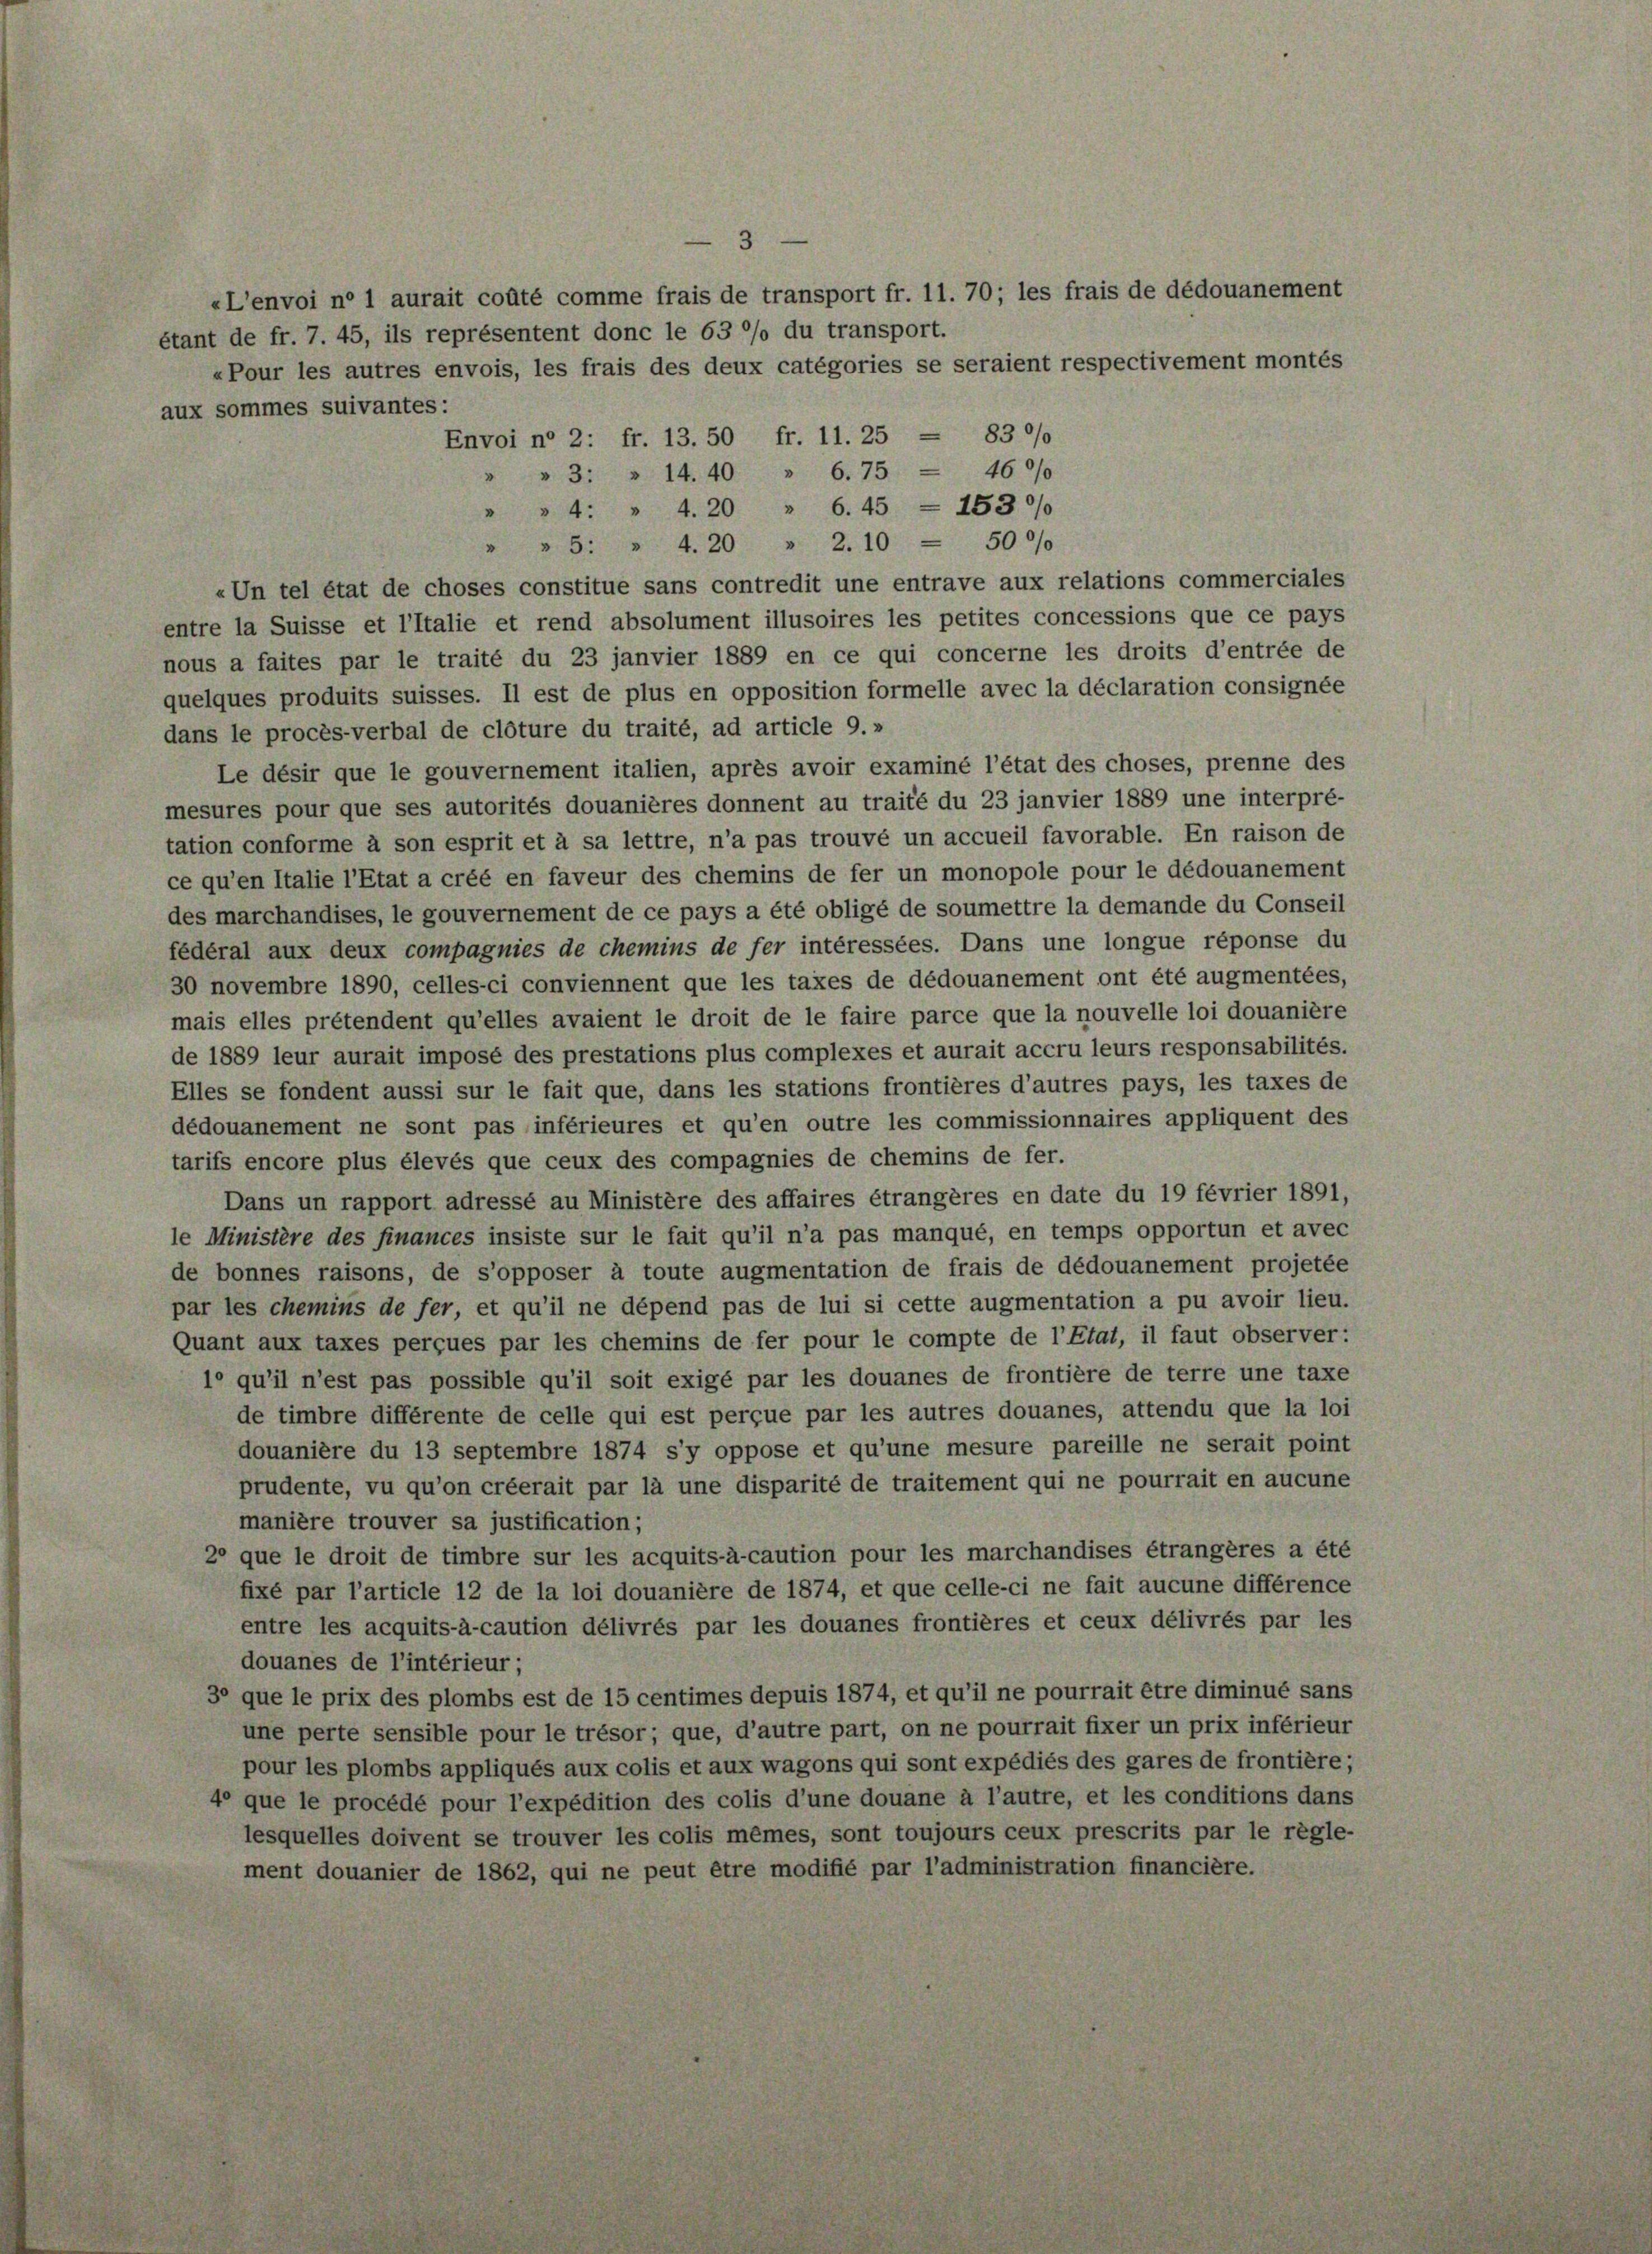
3
«L’envoi ne 1 aurait coûté comme frais de transport fr. 11. 70; les frais de dédouanement
étant de fr. 7. 45, ils représentent donc le 63 %% du transport.
«Pour les autres envois, les frais des deux catégories se seraient respectivement montés
aux sommes suivantes:
Envoi n° 2: fr. 13. 50 fr. 11. 25 = 83 0/0
" " 3: » 14.40 " 6.75 = 460/
» 4: „ 4. 20 " 6.45 - 1530/
" " 5: » 4.20 » 2.10 - 500/
«Un tel état de choses constitue sans contredit une entrave aux relations commerciales
entre la Suisse et l’Italie et rend absolument illusoires les petites concessions que ce pays
nous a faites par le traité du 23 janvier 1889 en ce qui concerne les droits d’entrée de
quelques produits suisses. Il est de plus en opposition formelle avec la déclaration consignée
dans le procès-verbal de clôture du traité, ad article 9.»
Le désir que le gouvernement italien, après avoir examiné l’état des choses, prenne des
mesures pour que ses autorités douanières donnent au traité du 23 janvier 1889 une interpré-
tation conforme à son esprit et à sa lettre, n’a pas trouvé un accueil favorable. En raison de
ce qu’en Italie l’Etat a créé en faveur des chemins de fer un monopole pour le dédouanement
des marchandises, le gouvernement de ce pays a été obligé de soumettre la demande du Conseil
fédéral aux deux compagnies de chemins de fer intéressées. Dans une longue réponse du
30 novembre 1890, celles-ci conviennent que les taxes de dédouanement ont été augmentées,
mais elles prétendent qu’elles avaient le droit de le faire parce que la nouvelle loi douanière
de 1889 leur aurait imposé des prestations plus complexes et aurait accru leurs responsabilités.
Elles se fondent aussi sur le fait que, dans les stations frontières d’autres pays, les taxes de
dédouanement ne sont pas inférieures et qu’en outre les commissionnaires appliquent des
tarifs encore plus élevés que ceux des compagnies de chemins de fer.
Dans un rapport adressé au Ministère des affaires étrangères en date du 19 février 1891,
le Ministère des finances insiste sur le fait qu’il n’a pas manqué, en temps opportun et avec
de bonnes raisons, de s’opposer à toute augmentation de frais de dédouanement projetée
par les chemins de fer, et qu’il ne dépend pas de lui si cette augmentation a pu avoir lieu.
Quant aux taxes perçues par les chemins de fer pour le compte de l’Etat, il faut observer:
1° qu’il n’est pas possible qu’il soit exigé par les douanes de frontière de terre une taxe
de timbre différente de celle qui est perçue par les autres douanes, attendu que la loi
douanière du 13 septembre 1874 s’y oppose et qu’une mesure pareille ne serait point
prudente, vu qu’on créerait par là une disparité de traitement qui ne pourrait en aucune
manière trouver sa justification;
2° que le droit de timbre sur les acquits-à-caution pour les marchandises étrangères a été
fixe par l’article 12 de la loi douanière de 1874, et que celle-ci ne fait aucune différence
entre les acquits-à-caution délivrés par les douanes frontières et ceux délivrés par les
douanes de l’intérieur;
3° que le prix des plombs est de 15 centimes depuis 1874, et qu’il ne pourrait être diminué sans
une perte sensible pour le trésor; que, d’autre part, on ne pourrait fixer un prix inférieur
pour les plombs appliqués aux colis et aux wagons qui sont expédiés des gares de frontière;
4° que le procédé pour l’expédition des colis d’une douane à l’autre, et les conditions dans
lesquelles doivent se trouver les colis mêmes, sont toujours ceux prescrits par le règle-
ment douanier de 1862, qui ne peut être modifié par l’administration financière.